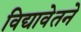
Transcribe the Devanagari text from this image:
विद्यावेतने